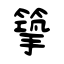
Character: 篫